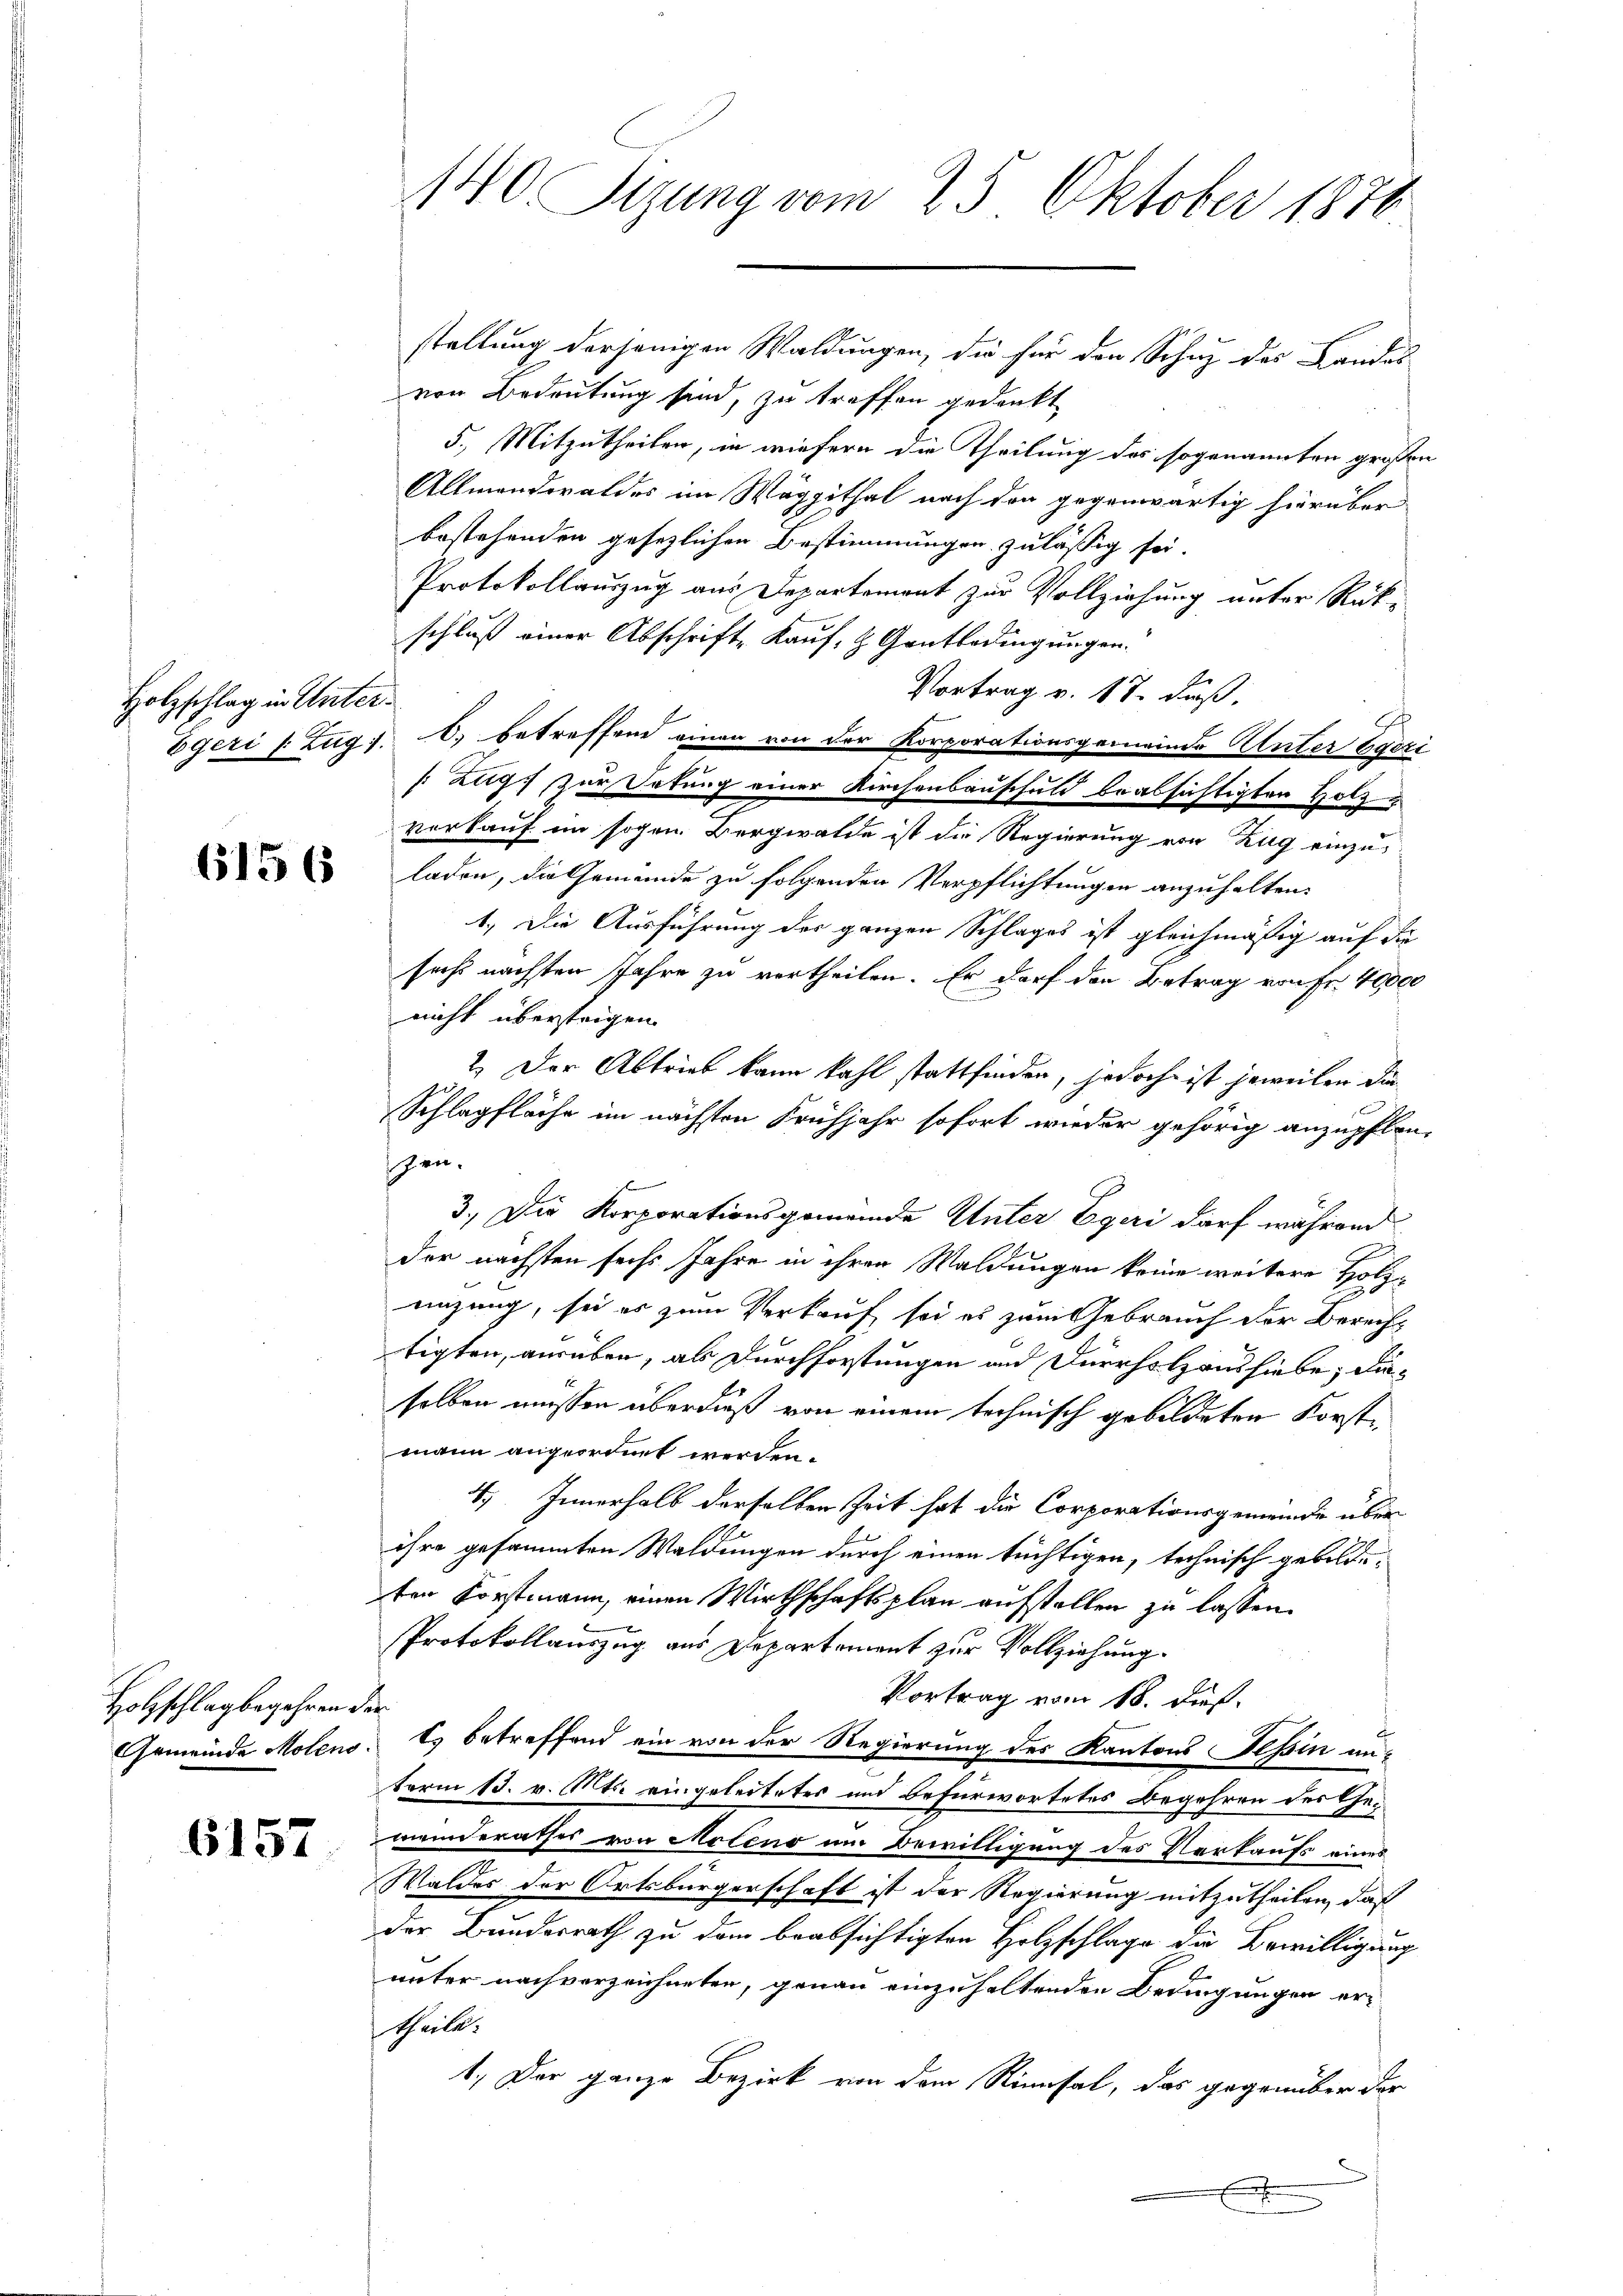
Holzschlag in Unter¬

6156

Holzschlag begehren u.
Gemeinde Molens

6157

140 Sizung vom 25. Oktober 1876

stellung derjenigen Waldungen, die für den Schuz des Landes
von Bedeutung sind, zu treffen gedankt
5.) Mitzutheilen, in wiefern die Theilung des sogenannten grossen
Allmendwaldes im Wäggithal nach der gegenwärtig hierüber
bestehenden gesezlichen Bestimmungen zulässig sei.
Protokollauszug aus Departement zur Vollziehung unter Rückschluß einer Abschrifte Kauf- & Gantbedingungen.
Vortrag v. 17. daß
bgeri s. Zug f. 6, betreffend einen von der Korporationsgemeinde Unter Ggezi
 Ztig, zur Satung einer Kirchenbauschuld beabsichtigten Holzverkauf im sogen. Bergwalde ist die Regierung von Zug einzu-
laden, die Gemeinde zu folgenden Verpflichtungen anzuhalten.
1.) Die Ausführung der ganzen Schlages ist gleichmäßig auf die
sechs nächsten Jahre zu vertheilen. Er darf den Betrag von Fr. 40000
nicht übersteigen.
2.) Der Abtrieb kann kahl stattfinden, jedoch ist jeweilen die
Schlagfläche im nächsten Frühjahr sofort wieder gehörig anzupflan-
hen.
3. Die Korporationsgemeinde Unter Egeri darf während
der nächsten sechs Jahre in ihren Waldungen keine weitere Holzeinzung, sei es zum Verkauf sei es zum Gebrauch der Berecht
tigten, ausüben, als Durchforstungen und Dürrhslausliebe, dieselben müssen überdieß von einem technisch gebildeten Korstmann angeordnet werden.
4.) Innerhalb derselben Zeit hat die Corporationsgemeinde über
ihre gesammten Waldungen durch einen tüchtigen, technisch gebildeten Forstmann, einen Wirthschaftsplan aufstellen zu lassen.
Protokollauszug aus Departement zur Vollziehung.
Vortrag vom 18. dieß.
.
t) betreffend ein von der Regierung des Kantons Tessin an¬
Form 13. v. Mts. eingeleiteter und befürwortetes Begehren des Gemeinderathes von Moleno um Bewilligung des Verkaufs eines
Waldes der Ortsbürgerschaft ist der Regierung mitzutheilen, daß
der Bundesrath zu dem beabsichtigten Holzschlage die Bewilligung
unter nachverzeichneten, genau einzuhaltenden Bedingungen ertheile.
1. Der ganze Bezirk von dem Rimsal, das gegenüber der
x